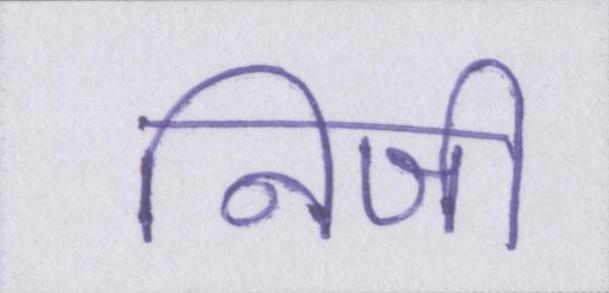
निजी